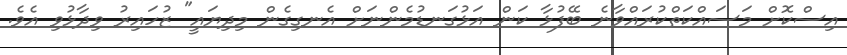
އިސްކޮށް މަސައްކަތްކުރައްވާނެ ބޭފުޅާ ކަން އަޅުގަނޑުމެންނަށް އެނގިގެން މިދިޔައީ" ޒުހައިރު ވިދާޅުވި އެވެ.